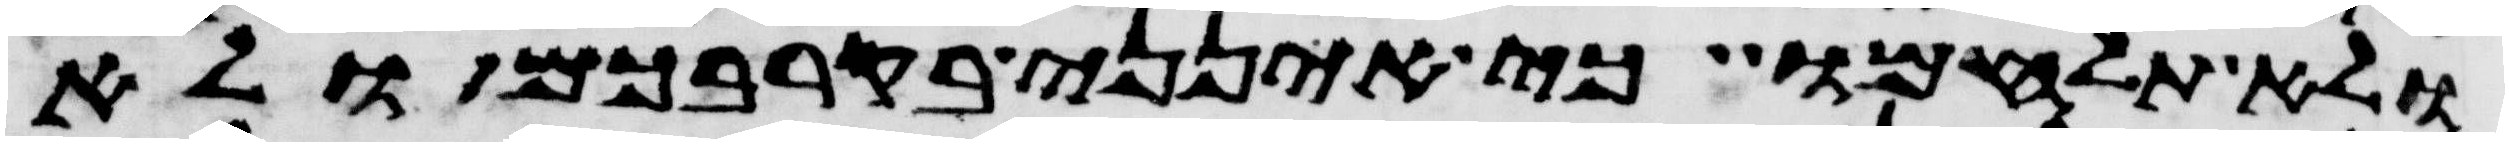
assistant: ולא תלחמו כי אינני בקרבכם ולא